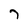
Character: 7